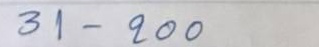
31 - 200